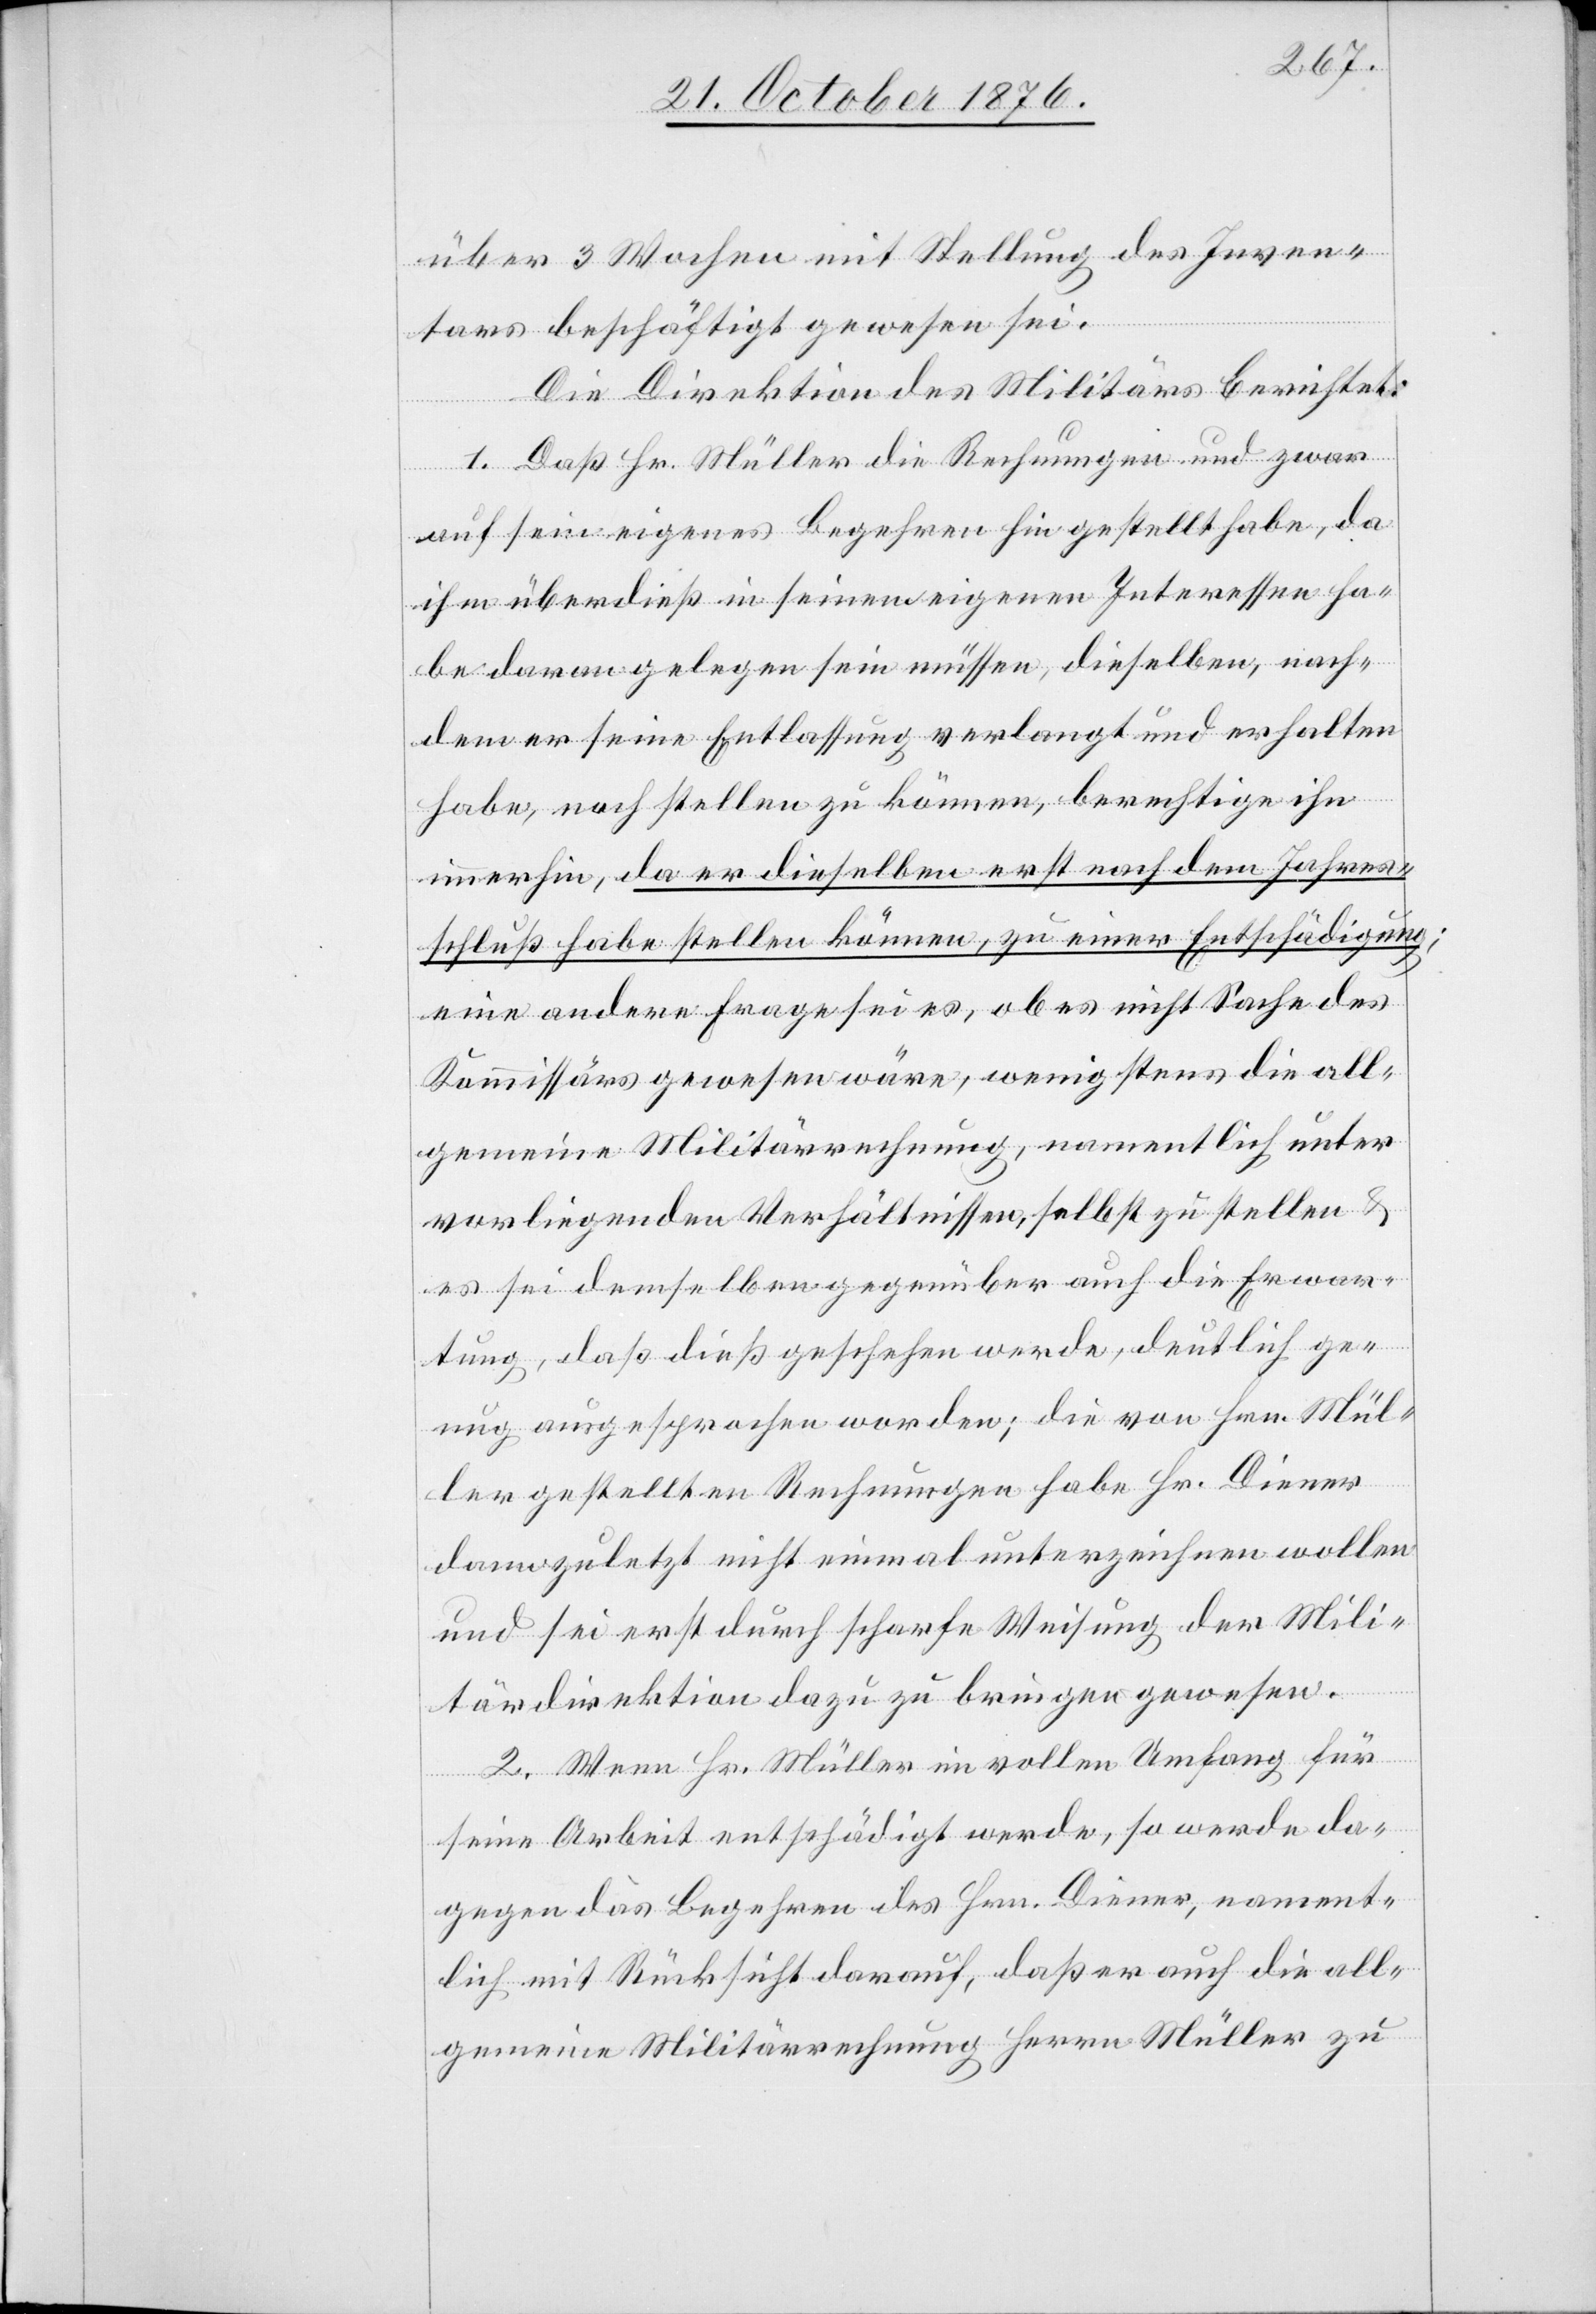
über 3 Wochen mit Stellung des Inven¬
tars beschäftigt gewesen sei.
Die Direktion des Militärs berichtet:
1. Daß Hr. Müller die Rechnungen und zwar
auf sein eigenes Begehren hin gestellt habe, da
ihm überdieß in seinem [recte: seinen] Interessen ha¬
be daran gelegen sein müssen, dieselben, nach¬
dem er seine Entlassung verlangt und erhalten
habe, noch stellen zu können, berechtige ihn
immerhin, da er dieselben erst nach dem Jahres¬
schluß habe stellen können, zu einer Entschädigung;
eine andere Frage sei es, ob es nicht Sache des
Kommissärs gewesen wäre, wenigstens die all¬
gemeine Militärrechnung namentlich unter¬
vorliegenden Verhältnissen, selbst zu stellen &
es sei demselben gegenüber auch die Erwar¬
tung, daß dieß geschehen werde, deutlich gen¬
ug ausgesprochen worden; die von Hrn. Mül¬
ler gestellten Rechnungen habe Hr. Diener
dann zuletzt nicht einmal unterzeichnen wollen
und sei erst durch scharfe Weisung der Mili¬
tärdirektion dazu zu bringen gewesen.
2. Wenn Hr. Müller im vollen Umfang für
seine Arbeit entschädigt werde, so werde da¬
gegen das Begehren des Hrn. Diener, nament¬
lich mit Rücksicht darauf, daß er auch die all¬
gemeine Militärrechnung Herrn Müller zu